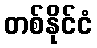
တစ်နိုင်ငံ